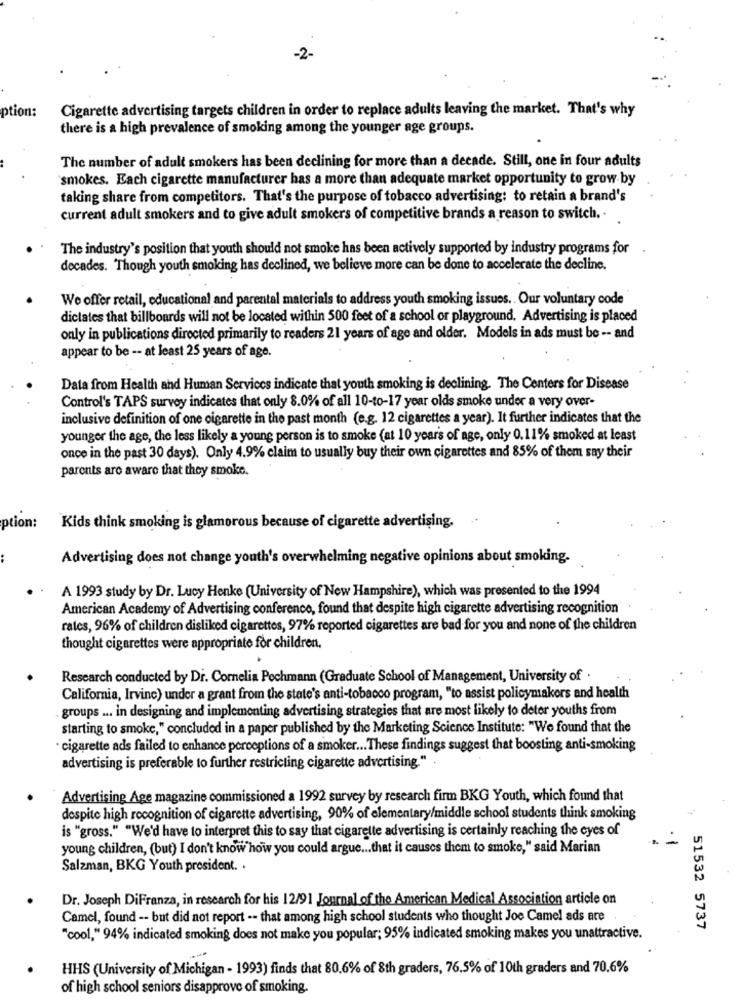
-2-
ion:
Cigarette advertising targets children in order to replace adults leaving the market. That's why
there is a high prevalence of smoking among the younger age groups.
The number of adult smokers has been declining for more than a decade. Still, one in four adults
smokes. Each cigarette manufacturer has a more than adequate market opportunity to grow by
taking share from competitors. That's the purpose of tobacco advertising: to retain a brand's
current adult smokers and to give adult smokers of competitive brands a reason to switch ..
The industry's position that youth should not smoke has been actively supported by industry programs for
decades. Though youth smoking has declined, we believe more can be done to accelerate the decline.
We offer retail, educational and parental materials to address youth smoking issues .. Our voluntary code
dictates that billboards will not be located within 500 feet of a school or playground. Advertising is placed
only in publications directed primarily to readers 21 years of age and older. Models in ads must be -- and
appear to be -- at least 25 years of age.
Data from Health and Human Services indicate that youth smoking is declining. The Centers for Disease
Control's TAPS survey indicates that only 8.0% of all 10-to-17 year olds smoke under a very over-
inclusive definition of one cigarette in the past month (e.g. 12 cigarettes a year). It further indicates that the
younger the age, the less likely a young person is to smoke (at 10 years of age, only 0.11% smoked at least
once in the past 30 days). Only 4.9% claim to usually buy their own cigarettes and 85% of them say their
parents are aware that they smoke.
ption:
Kids think smoking is glamorous because of cigarette advertising.
Advertising does not change youth's overwhelming negative opinions about smoking.
A 1993 study by Dr. Lucy Henke (University of New Hampshire), which was presented to the 1994
American Academy of Advertising conference, found that despite high cigarette advertising recognition
rates, 96% of children disliked cigarettes, 97% reported cigarettes are bad for you and none of the children
thought cigarettes were appropriate for children.
Research conducted by Dr. Cornelia Pochmann (Graduate School of Management, University of
California, Irvine) under a grant from the state's anti-tobacco program, "to assist policymakers and health
groups ... in designing and implementing advertising strategies that are most likely to deter youths from
starting to smoke," concluded in a paper published by the Marketing Science Institute: "We found that the
· cigarette ads failed to enhance perceptions of a smoker ... These findings suggest that boosting anti-smoking
advertising is preferable to further restricting cigarette advertising."
Advertising Age magazine commissioned a 1992 survey by research firm BKG Youth, which found that
despite high recognition of cigarette advertising, 90% of elementary/middle school students think smoking
is "gross." "We'd have to interpret this to say that cigarette advertising is certainly reaching the eyes of
young children, (but) I don't know how you could argue ... that it causes them to smoke," said Marian
Salzman, BKG Youth president. .
Dr. Joseph DiFranza, in research for his 12/91 Journal of the American Medical Association article on
Camel, found -- but did not report -- that among high school students who thought Joe Camel ads are
51532 5737
"cool," 94% indicated smoking does not make you popular; 95% indicated smoking makes you unattractive.
HHS (University of Michigan - 1993) finds that 80.6% of 8th graders, 76.5% of 10th graders and 70.6%
of high school seniors disapprove of smoking.